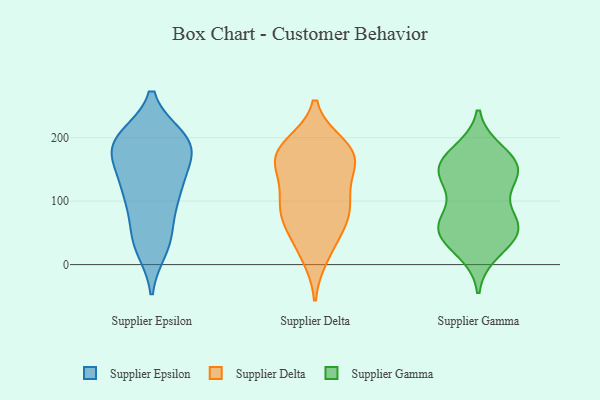
{"axis": {"x": "Net Income (USD K)", "y": "Value"}, "legend": ["Supplier Delta", "Supplier Epsilon", "Supplier Gamma"], "data": [{"x": "", "y": 53, "type": "Supplier Epsilon"}, {"x": "", "y": 171, "type": "Supplier Epsilon"}, {"x": "", "y": 37, "type": "Supplier Epsilon"}, {"x": "", "y": 146, "type": "Supplier Epsilon"}, {"x": "", "y": 178, "type": "Supplier Epsilon"}, {"x": "", "y": 193, "type": "Supplier Epsilon"}, {"x": "", "y": 26, "type": "Supplier Epsilon"}, {"x": "", "y": 200, "type": "Supplier Epsilon"}, {"x": "", "y": 127, "type": "Supplier Epsilon"}, {"x": "", "y": 113, "type": "Supplier Epsilon"}, {"x": "", "y": 33, "type": "Supplier Epsilon"}, {"x": "", "y": 194, "type": "Supplier Epsilon"}, {"x": "", "y": 107, "type": "Supplier Epsilon"}, {"x": "", "y": 89, "type": "Supplier Epsilon"}, {"x": "", "y": 198, "type": "Supplier Epsilon"}, {"x": "", "y": 200, "type": "Supplier Epsilon"}, {"x": "", "y": 114, "type": "Supplier Epsilon"}, {"x": "", "y": 165, "type": "Supplier Epsilon"}, {"x": "", "y": 188, "type": "Supplier Epsilon"}, {"x": "", "y": 175, "type": "Supplier Delta"}, {"x": "", "y": 35, "type": "Supplier Delta"}, {"x": "", "y": 72, "type": "Supplier Delta"}, {"x": "", "y": 15, "type": "Supplier Delta"}, {"x": "", "y": 175, "type": "Supplier Delta"}, {"x": "", "y": 132, "type": "Supplier Delta"}, {"x": "", "y": 170, "type": "Supplier Delta"}, {"x": "", "y": 105, "type": "Supplier Delta"}, {"x": "", "y": 73, "type": "Supplier Delta"}, {"x": "", "y": 162, "type": "Supplier Delta"}, {"x": "", "y": 187, "type": "Supplier Delta"}, {"x": "", "y": 85, "type": "Supplier Delta"}, {"x": "", "y": 92, "type": "Supplier Delta"}, {"x": "", "y": 171, "type": "Supplier Delta"}, {"x": "", "y": 62, "type": "Supplier Gamma"}, {"x": "", "y": 160, "type": "Supplier Gamma"}, {"x": "", "y": 130, "type": "Supplier Gamma"}, {"x": "", "y": 70, "type": "Supplier Gamma"}, {"x": "", "y": 54, "type": "Supplier Gamma"}, {"x": "", "y": 153, "type": "Supplier Gamma"}, {"x": "", "y": 136, "type": "Supplier Gamma"}, {"x": "", "y": 22, "type": "Supplier Gamma"}, {"x": "", "y": 161, "type": "Supplier Gamma"}, {"x": "", "y": 144, "type": "Supplier Gamma"}, {"x": "", "y": 56, "type": "Supplier Gamma"}, {"x": "", "y": 176, "type": "Supplier Gamma"}, {"x": "", "y": 64, "type": "Supplier Gamma"}, {"x": "", "y": 42, "type": "Supplier Gamma"}]}